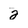
Character: 2